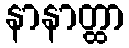
နာနာတ္ထာ